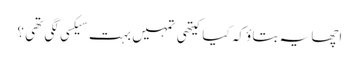
اچھا یہ بتاؤ کہ کیا کیتھی تمہیں بہت سیکسی لگی تھی ؟